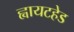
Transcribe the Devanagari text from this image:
ह्वायटहेड